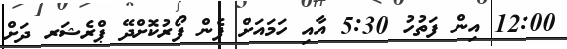
12:00 އިން ފަތުހު 5:30 އާއި ހަމައަށް ފެން ފޯރުކޮށްދޭ ޕްރެޝަރ ދަށް